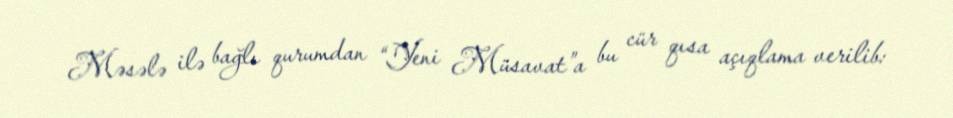
Məsələ ilə bağlı qurumdan “Yeni Müsavat”a bu cür qısa açıqlama verilib: